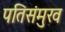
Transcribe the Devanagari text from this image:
पतिसंमुख